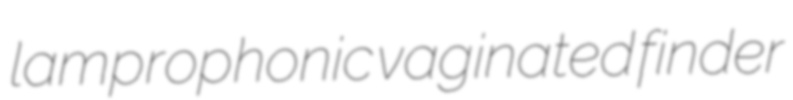
lamprophonic vaginated finder